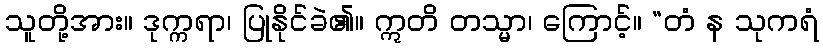
သူတို့အား။ ဒုက္ကရာ၊ ပြုနိုင်ခဲ၏။ ဣတိ တသ္မာ၊ ကြောင့်။ “တံ န သုကရံ